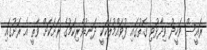
ރައީސް ވަހީދު ވިދާޅުވި ގޮތުގައި ފުވައްމުލަކަކީ ދަނޑުވެރިކަމުގެ ރަށަކަށް ވާތީ އެ ރަށުގައި